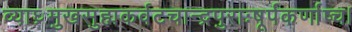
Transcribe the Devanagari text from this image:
व्याघ्रमुखसुह्मकर्वटचान्द्रपुराःषूर्पकर्णाष्च।